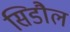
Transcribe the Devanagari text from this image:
सिडौल